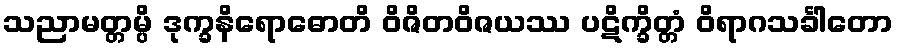
သညာမတ္တမ္ပိ ဒုက္ခနိရောဓောတိ ဝိဇိတဝိဇယဿ ပဋိက္ခိတ္တံ ဝိရာဂသင်္ခါတော